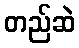
တည်ဆဲ